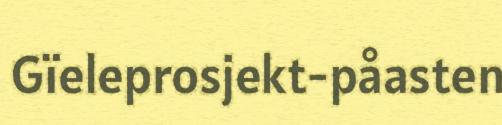
Gïeleprosjekt-påasten